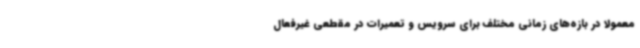
معمولا در بازه‌های زمانی مختلف برای سرویس و تعمیرات در مقطعی غیرفعال